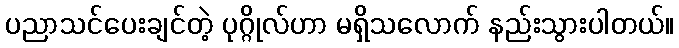
ပညာသင်ပေးချင်တဲ့ ပုဂ္ဂိုလ်ဟာ မရှိသလောက် နည်းသွားပါတယ်။